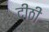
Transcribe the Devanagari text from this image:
दीठी